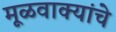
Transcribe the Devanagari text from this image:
मूळवाक्यांचे